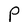
Character: P